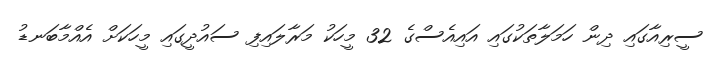
ސީރިއާގައި ދިން ހަމަލާތަކުގައި އައިއެސްގެ 32 މީހަކު މަރާލައިފި ސައުދީގައި މީހަކަށް އެއްމާބަނޑު